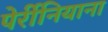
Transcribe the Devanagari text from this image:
पेर्रीनियाना